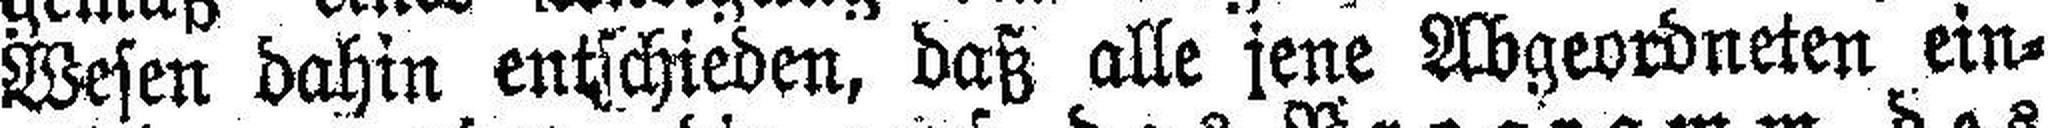
Wesen dahin entschieden, daß alle jene Abgeordneten ein¬